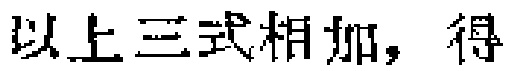
以上三式相加，得